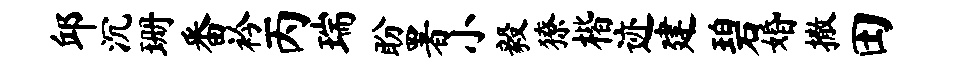
邱沉珊番衿丙瑞盼署小毅獠楷迹建碧婚撒田